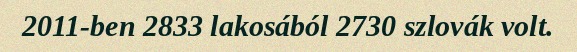
2011-ben 2833 lakosából 2730 szlovák volt.